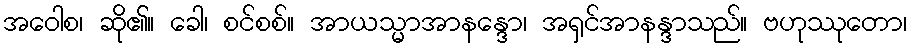
အဝေါစ၊ ဆို၏။ ခေါ၊ စင်စစ်။ အာယသ္မာအာနန္ဒော၊ အရှင်အာနန္ဒာသည်။ ဗဟုဿုတော၊